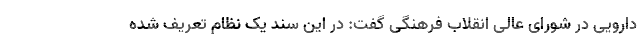
دارویی در شورای عالی انقلاب فرهنگی گفت: در این سند یک نظام تعریف شده